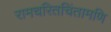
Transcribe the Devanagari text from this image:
रामचरितचिंतामणि